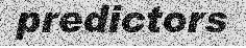
predictors